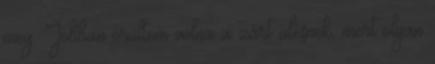
meg. Jobban örültem volna a zárt ülésnek, mert olyan